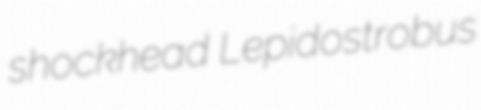
shockhead Lepidostrobus